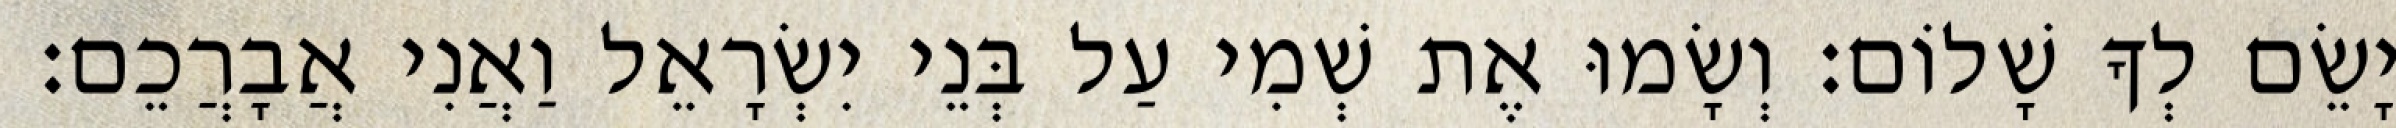
וְיָשֵׂם לְךָ שָׁלוֹם׃ וְשָׂמוּ אֶת שְׁמִי עַל בְּנֵי יִשְׂרָאֵל וַאֲנִי אֲבָרֲכֵם׃